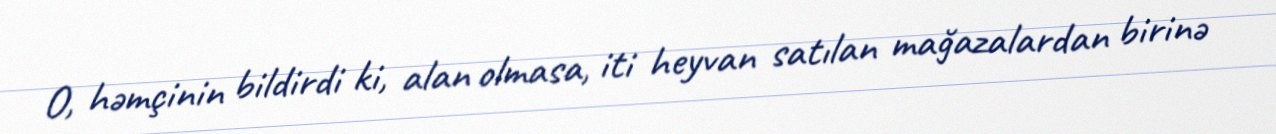
O, həmçinin bildirdi ki, alan olmasa, iti heyvan satılan mağazalardan birinə